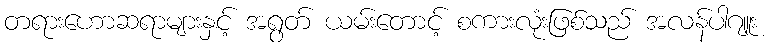
တရားဟောဆရာများနှင့် အရွတ် ယမ်းတောင့် စကားလုံးဖြစ်သည် အလန်ပါဂျူး